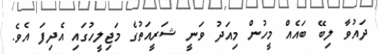
ދައުވާ ލިބޭ ބައެެއް މީހުން މިއަދު ވަނީ ޝަރީއަތުގެ މަޖިލީހުގައި އެދިފަ އެވެ.